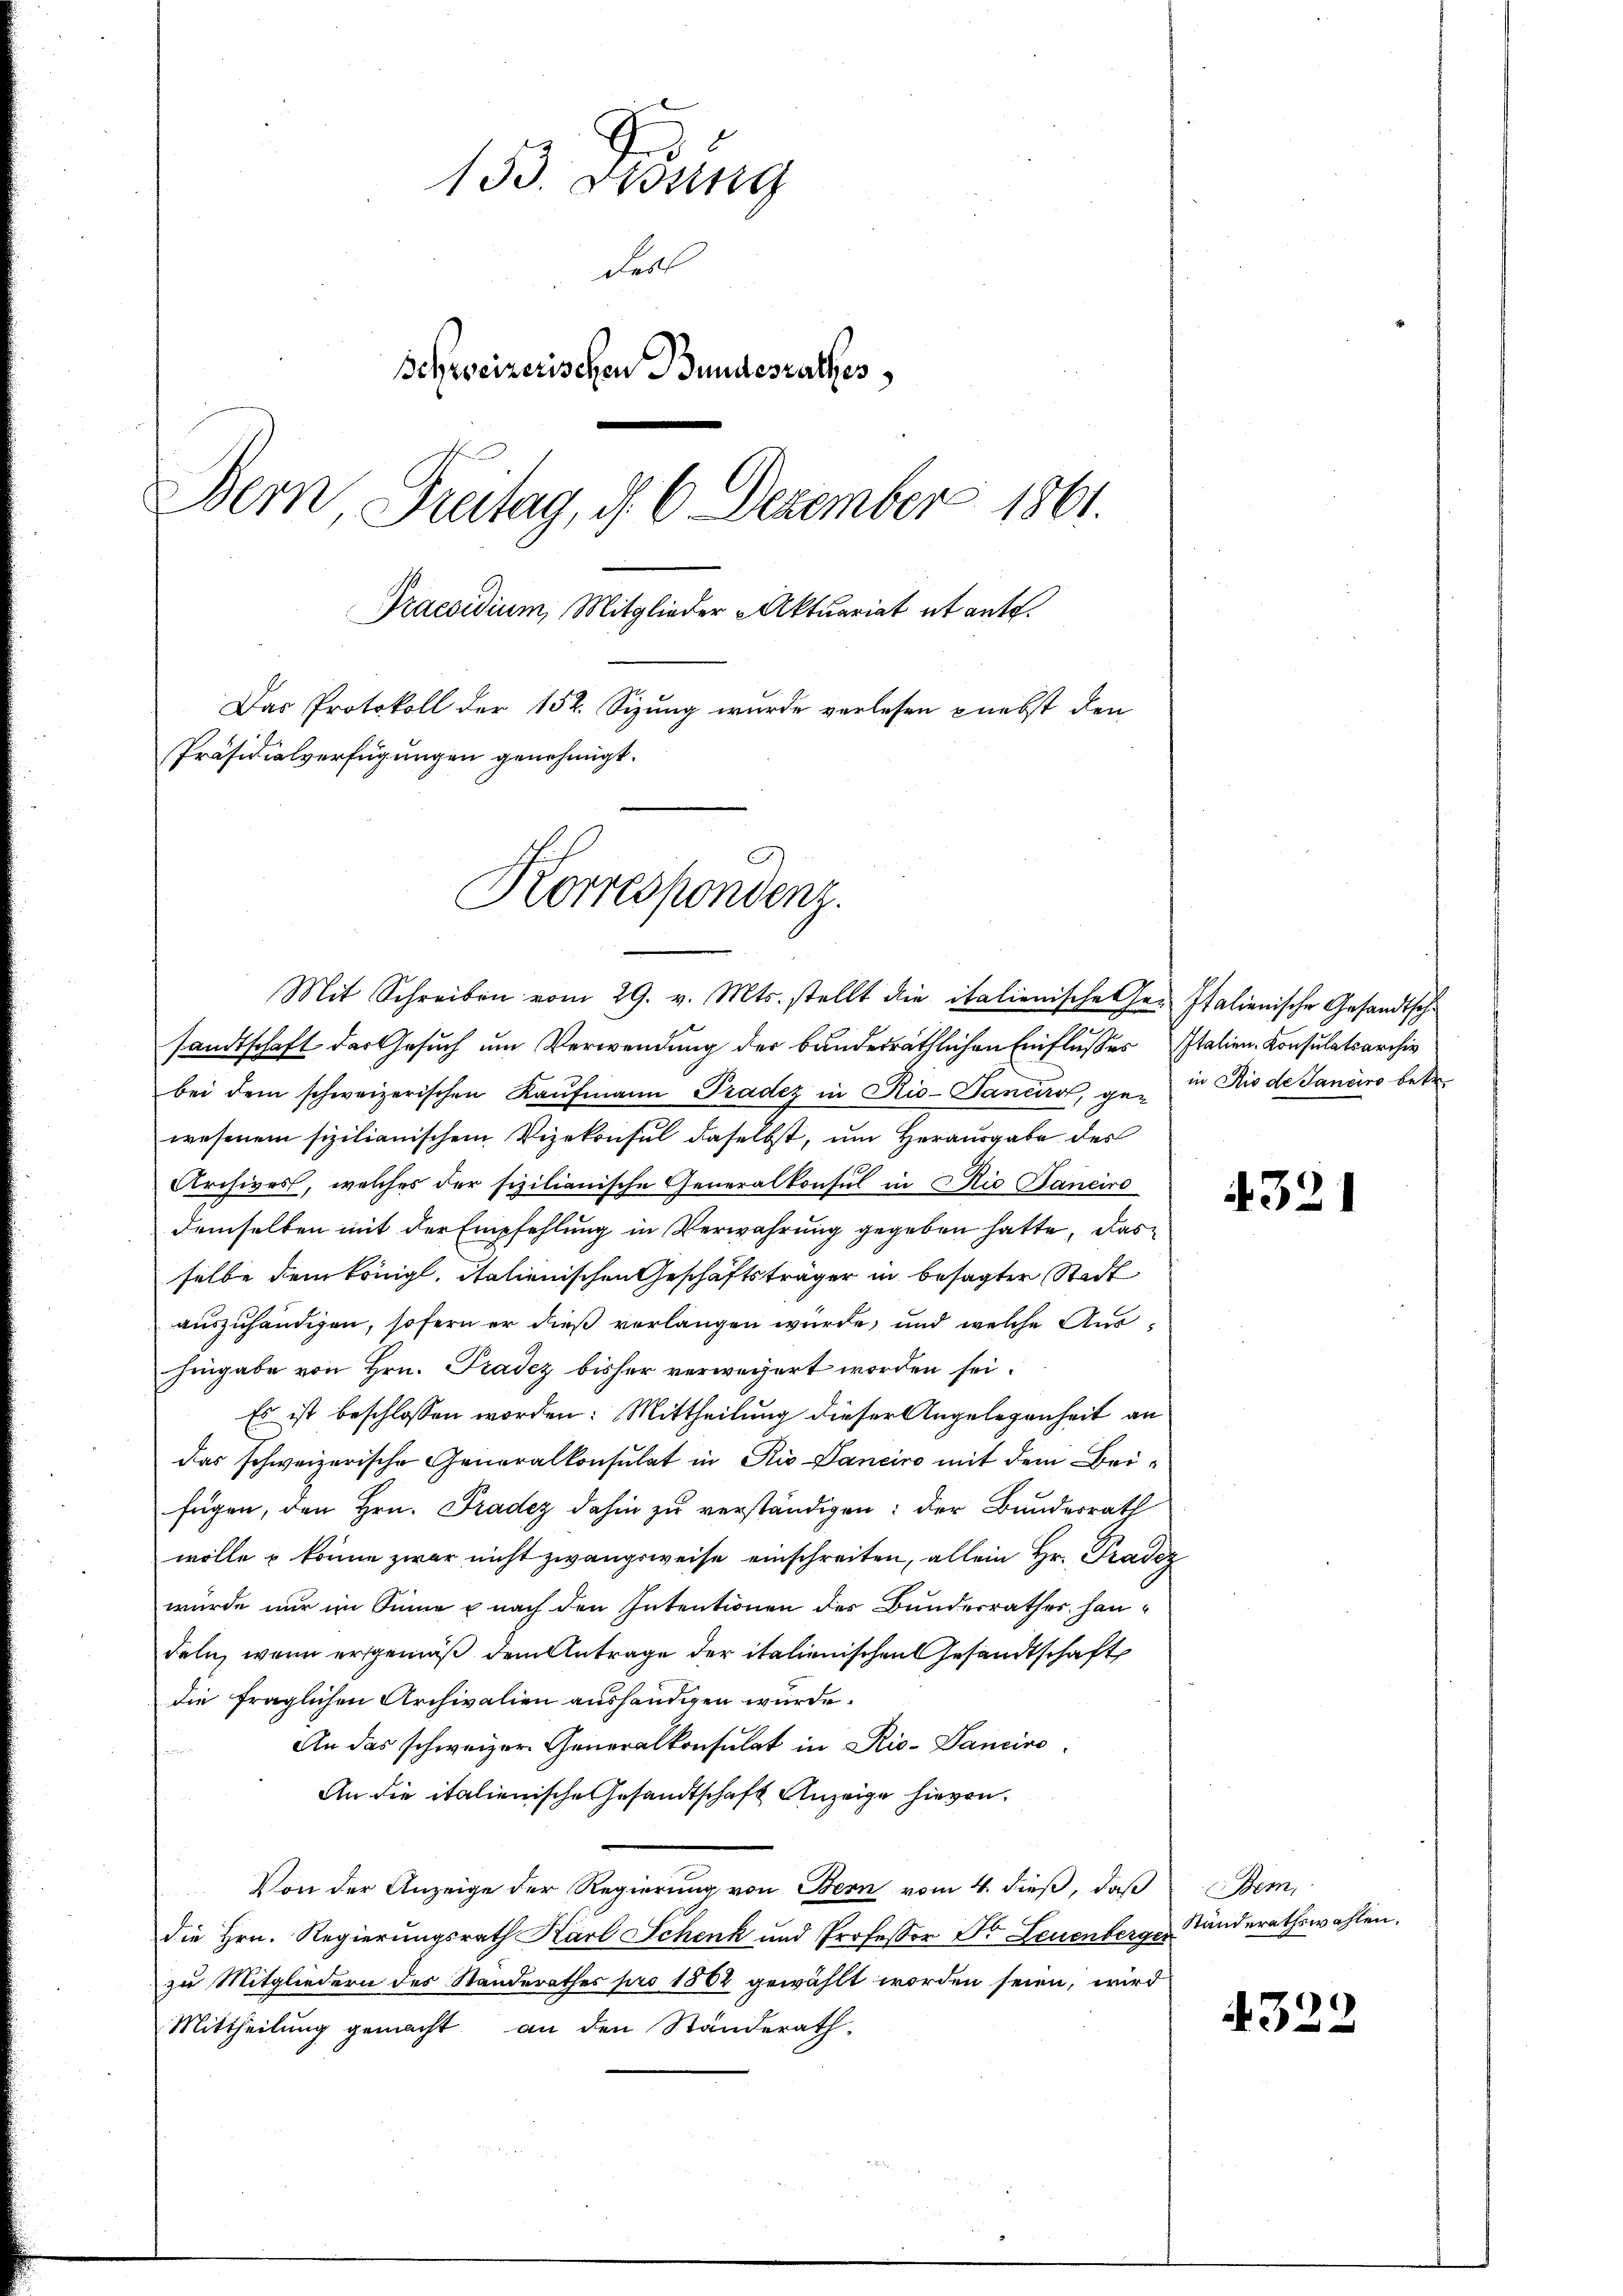
153. Dessing
derl
Schweizerischen Bundesrathes
Bern, Freitag, d. 6. Dezember 1861.
Praesidium, Mitglieder Aktuariat et ante.
Das Protokoll der 152. Sizung wurde verlesen nebst den
Präsidialverfügungen genehmigt.
Korrespondenz.

sandtschaft der Gesuch um Verwendung der banderräthlichen Einflußes Italien-Consulatsarchiv
bei dem schweizerischen Kaŭfmann Pradez in Rio-Tancas, ge- in Rio de Janeiro betr.
wesenem sizilianischem Vizekonsul daselbst, um Herausgabe des
Archives, welches der sizilianische Generalkonsul in Rio Baneiro
demselben mit der Empfehlung in Verwahrung gegeben hatte, das
selbe dem königl. italienischen Geschäftsträger in besagter Stadt
auszuhändigen, sofern er dieß verlangen würde, und welche Aushingabe von Hrn. Pradez bisher verwegert worden sei.
Es ist beschlossen worden: Mittheilung dieser Angelegenheit an
das schweizerische Generalkonsulat in Rio-Panciro mit dem Beifügen, den Hrn. Pradez dahin zu verständigen: der Bundesrath
wolle u könne zwar nicht zwangsweise einschreiten, allein Hr. Pradez
würde nur im Sinne u nach den Intentionen des Bundesrathes handeln, wenn ersgemäß dem Antrage der italienischen Gesandtschaft
die fraglichen Archivalien aushändigen wurde.
An das schweizer Generalkonsulat in Rio-Panciro
An die italienische Gesandtschaft Anzeige hievon
Von der Anzeige der Regierung von Bern vom 4. dieß, daß Bem,
die Hrn. Regierungsrath Karl Schenk und Professor Dr. Leuenberger
zu Mitgliedern des Standerathes pro 1862 gewählt worden seien, wird
Mittheilung gemacht an den Standerath

Mit Schreiben vom 29. v. Mts. stellt die italienische Ge- Italienische Gesandtsche

4321

Standerathswahlen.

4322